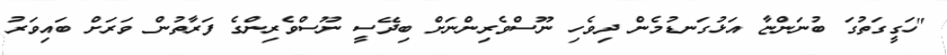
"ހަގީގަތުގަ ބުނަންޏާ އަޅުގަނޑުމެން ދިވެހި ނޫސްވެރިންނަށް ބިދޭސީ ނޫސްވެރިންގެ ފަރާތުން ވަރަށް ބައިވަރު